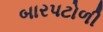
બારપટોળી